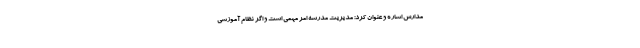
مدارس اشاره و عنوان کرد: مدیریت مدرسه امر مهمی است و اگر نظام آموزشی